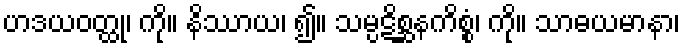
ဟဒယဝတ္ထု၊ ကို။ နိဿာယ၊ ၍။ သမ္ပဋိစ္ဆနကိစ္စံ၊ ကို။ သာဓယမာနာ၊